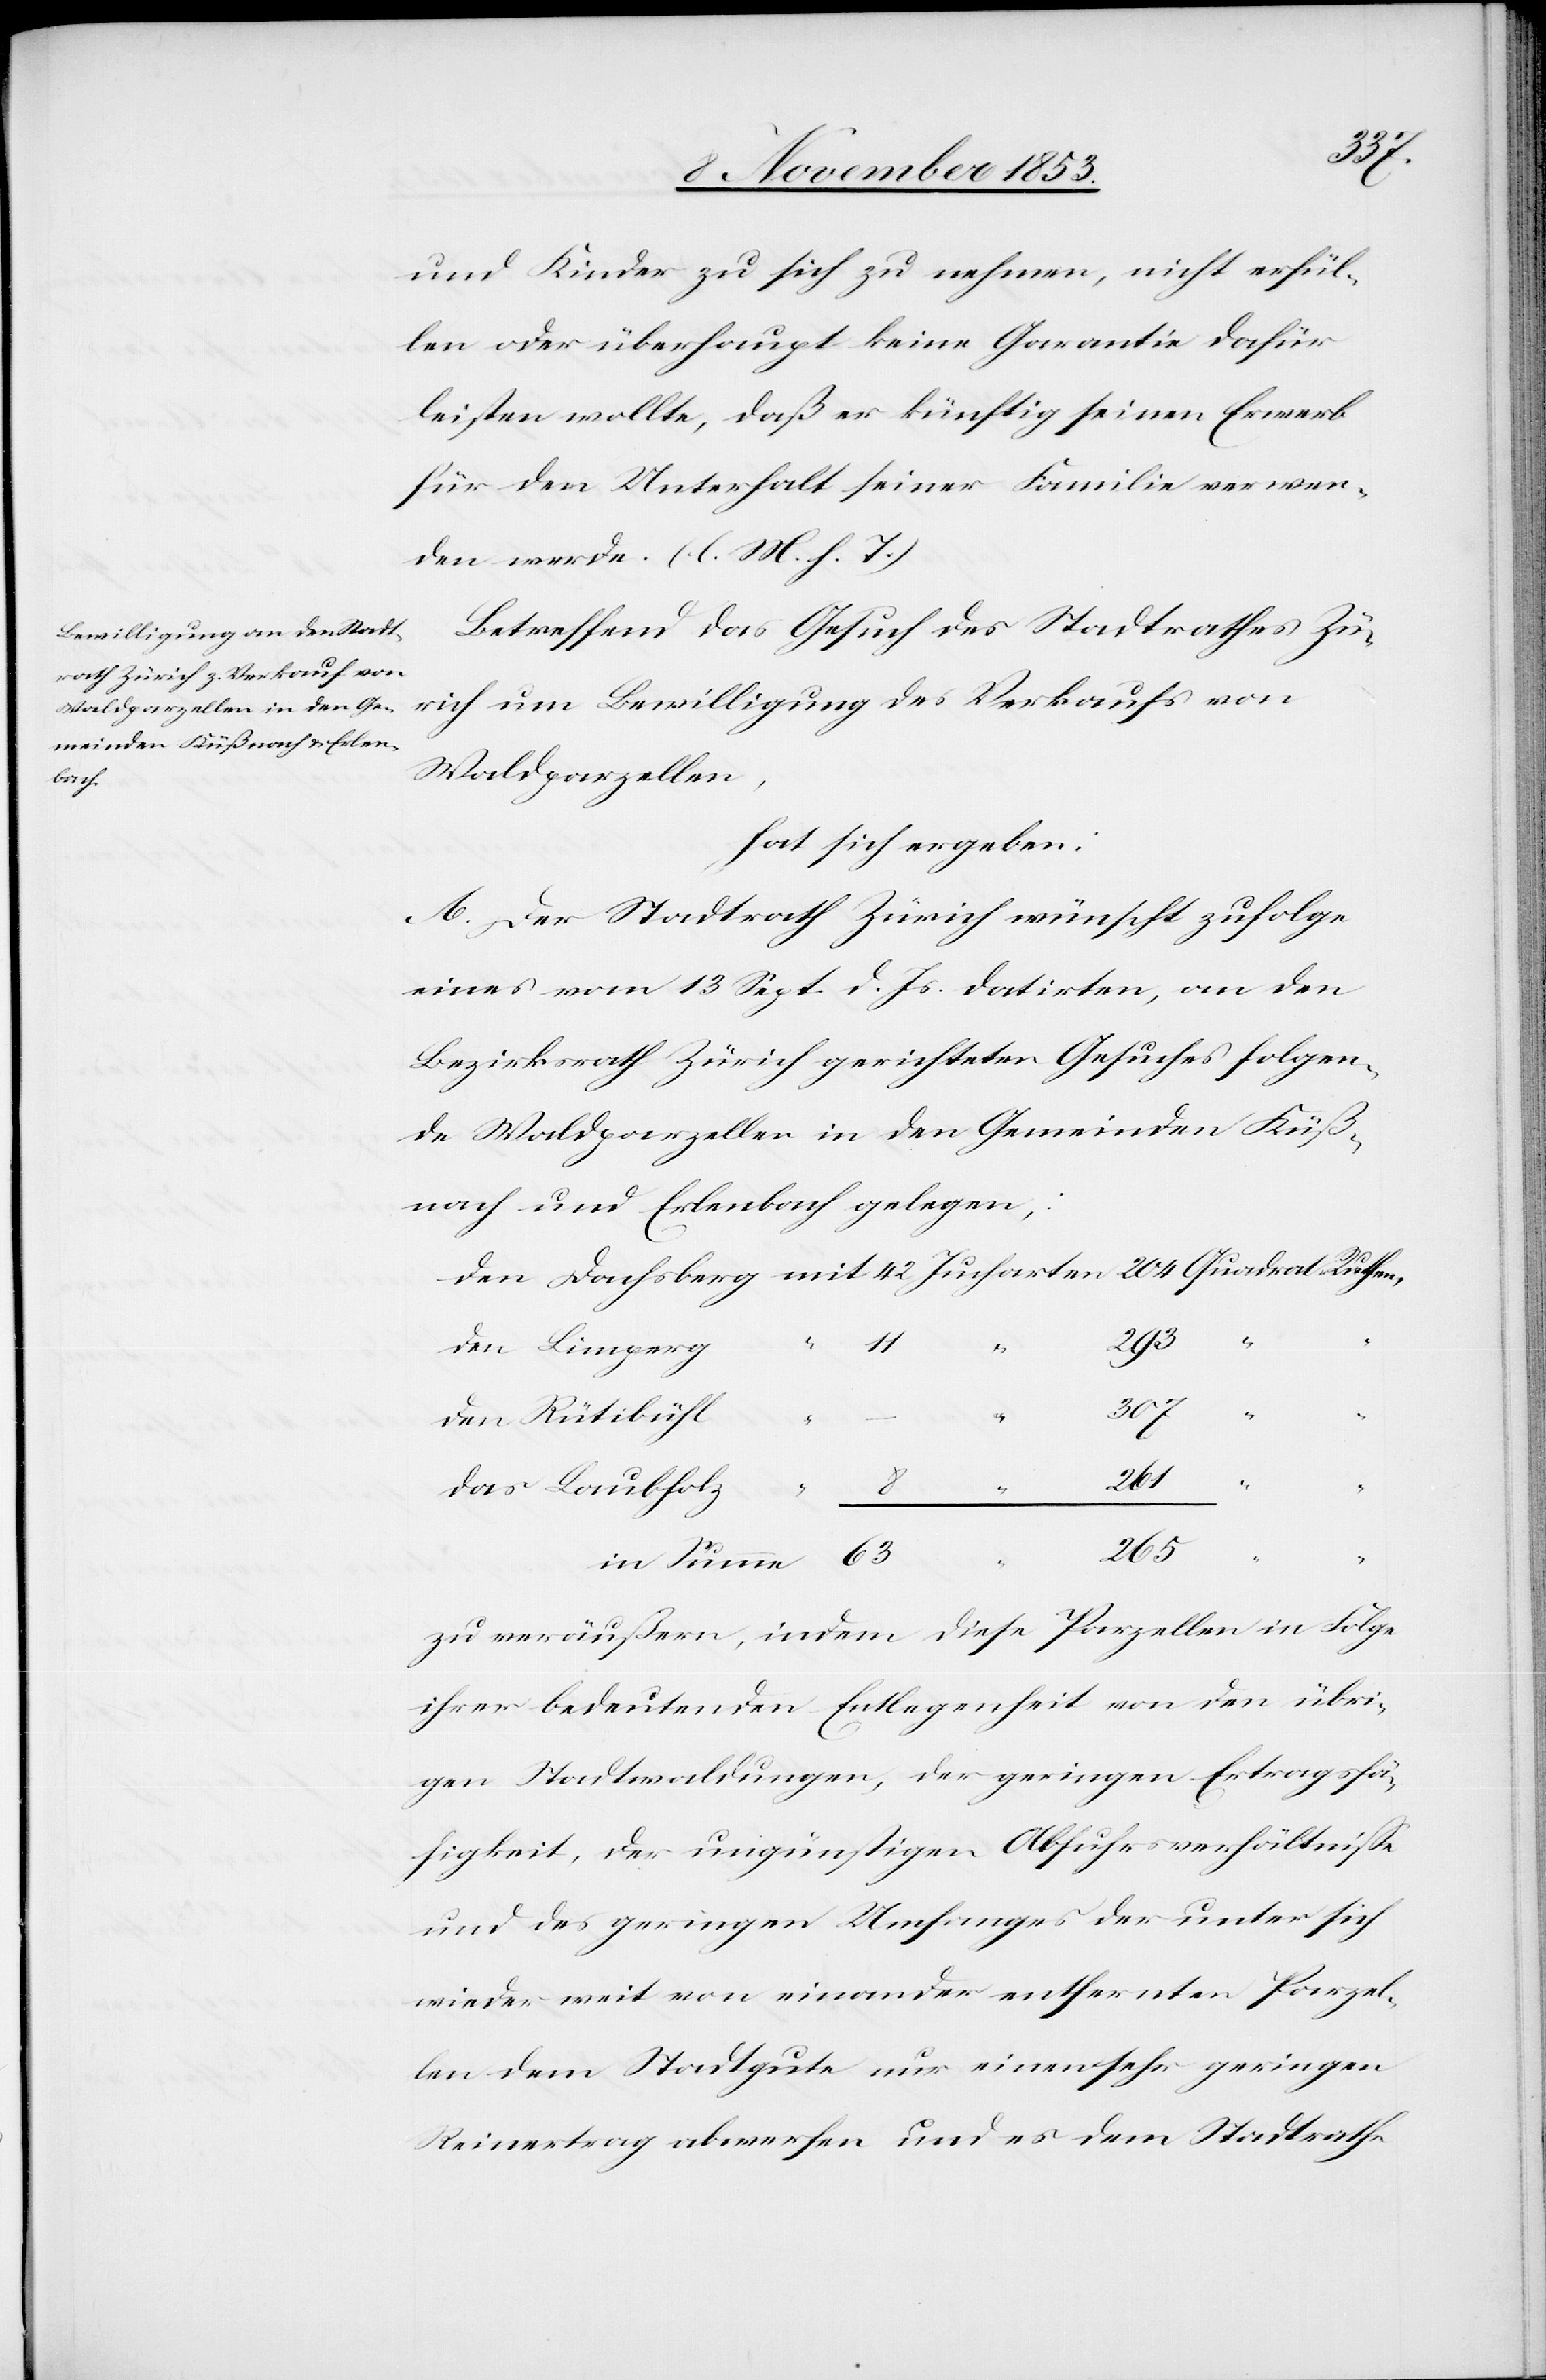
nach,:

und Kinder zu sich zu nehmen, nicht erfül¬
len oder überhaupt keine Garantie dafür
leisten wolle, daß er künftig seinen Erwerb
für den Unterhalt seiner Familie verwen¬
den werde. [l. M. h. T]
Betreffend das Gesuch des Stadtrathes Zü¬
rich um Bewilligung des Verkaufs von
Waldparzellen,
hat sich ergeben:
A. Der Stadtrath Zürich wünscht zufolge
eines am 13 Sept. d. Js. datirten, an den
Bezirksrath Zürich gerichteten Gesuches folgen¬
de Waldparzellen in den Gemeinden Küß¬
Den Dachsberg mit 42 Jucharten 204 Quadrat Ruthen,
in
zu veräußern, indem diese Parzellen in Folge
ihrer bedeutenden Entlegenheit von den übri¬
gen Stadtwaldungen, der geringen Ertragsfä¬
higkeit, der ungünstigsten Abfuhrverhältniße
und des geringen Umfangs der unter sich
wieder weit von einander entfernten Parzel¬
len dem Stadtgute nur einen sehr geringen
Reinertrag abwerfen und es dem Stadtrathe